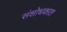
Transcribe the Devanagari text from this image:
संशोधकात